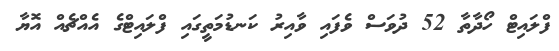
ފްލައިޓް ހޯދާތާ 52 ދުވަސް ވެފައި ވާއިރު ކަނޑުމަތީގައި ފްލައިޓްގެ އެއްޗެއް އޮޔާ